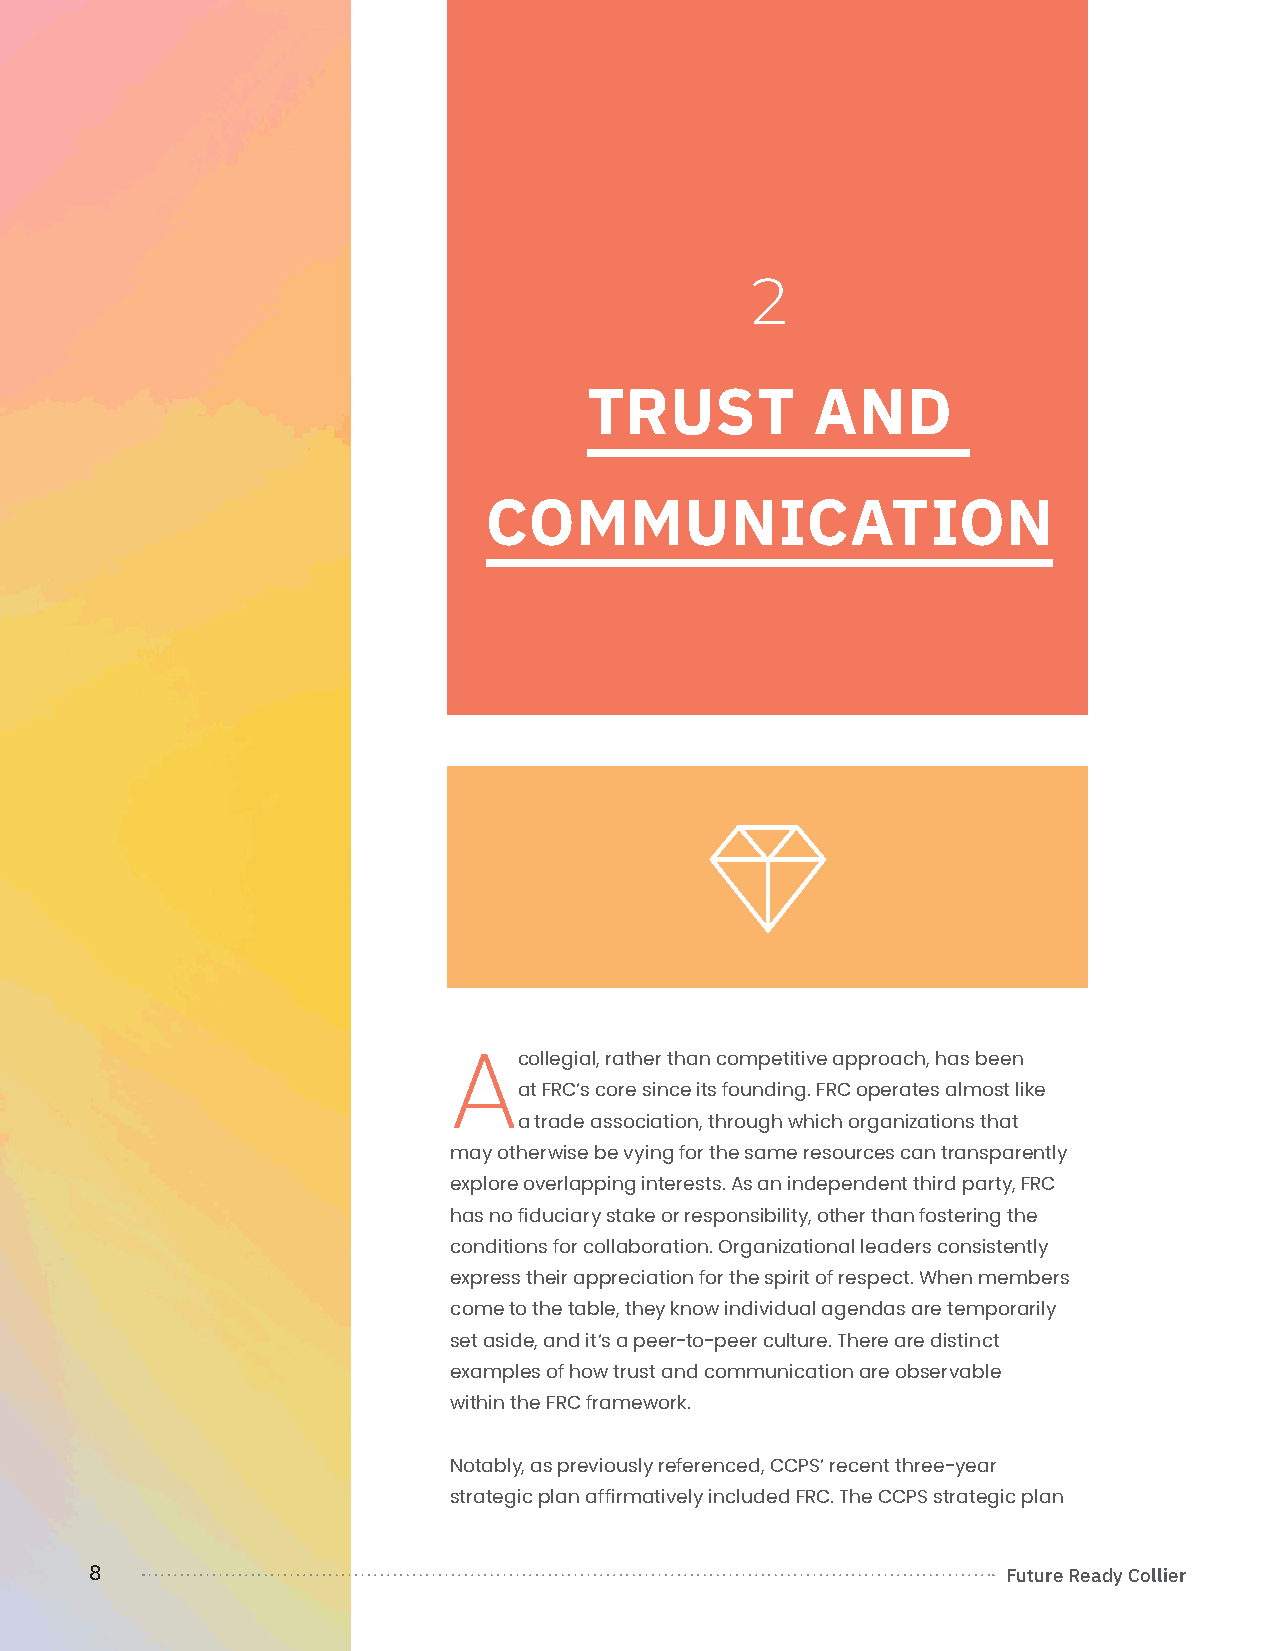
2
 TRUST          AND
 COMMUNICATION
 
 collegial, rather than competitive approach, has been
 A
 at FRC’s core since its founding. FRC operates almost like
 a trade association, through which organizations that
 may otherwise be vying for the same resources can transparently
 explore overlapping interests. As an independent third party, FRC
 has no fiduciary stake or responsibility, other than fostering the
 conditions for collaboration. Organizational leaders consistently
 express their appreciation for the spirit of respect. When members
 come to the table, they know individual agendas are temporarily
 set aside, and it’s a peer-to-peer culture. There are distinct
 examples of how trust and communication are observable
 within the FRC framework.
 Notably, as previously referenced, CCPS’ recent three-year
 strategic plan affirmatively included FRC. The CCPS strategic plan
 8                                                            Future Ready Collier